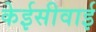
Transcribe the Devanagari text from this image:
केईसीवाई